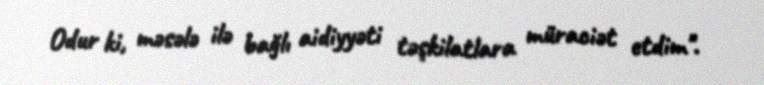
Odur ki, məsələ ilə bağlı aidiyyəti təşkilatlara müraciət etdim".